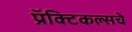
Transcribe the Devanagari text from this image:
प्रॅक्टिकल्सचे